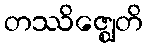
တဿိဇ္ဈေတိ